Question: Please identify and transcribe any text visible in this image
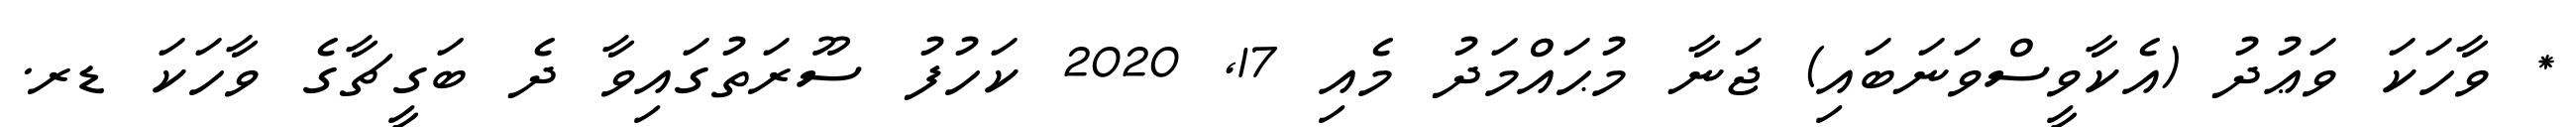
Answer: * ވާހަކަ ވަޢުދު (އެކާވީސްވަނަބައި) ޖަނާ މުޙައްމަދު މެއި 17, 2020 ކަހުފު ސޫރަތުގައިވާ ދެ ބަގީޗާގެ ވާހަކަ ޑރ.